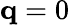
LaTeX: \mathbf q=0